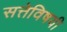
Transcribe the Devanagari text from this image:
सत्तेविषयी